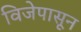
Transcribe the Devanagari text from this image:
विजेपासून